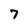
Character: 7